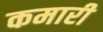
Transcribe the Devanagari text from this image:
कमारी